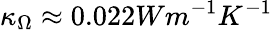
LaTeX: \kappa_{\Omega}\approx 0.022Wm^{-1}K^{-1}